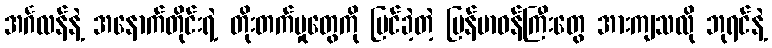
အင်္ဂလန်နဲ့ အနောက်တိုင်းရဲ့ တိုးတက်မှုတွေကို မြင်ခဲ့တဲ့ မြန်မာဝန်ကြီးတွေ အားကျသလို ဘုရင်နဲ့